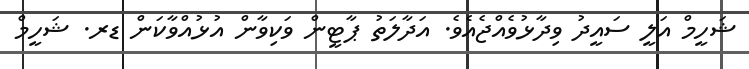
ޝަހީމް އަލީ ސައީދު ވިދާޅުވެއްޖެއެވެ. އަދާލަތު ޕާޓީން ވަކިވާން އުޅުއްވާކަން ޑރ. ޝަހީމް